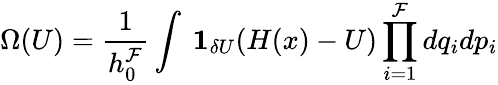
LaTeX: \Omega(U)={\frac{1}{h_{0}^{\mathcal{F}}}}\int\ \mathbf{1}_{\delta U}(H(x)-U)\prod_{i=1}^{\mathcal{F}}dq_{i}dp_{i}